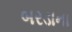
બરડાના